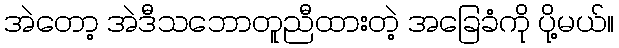
အဲတော့ အဲဒီသဘောတူညီထားတဲ့ အခြေခံကို ပို့မယ်။